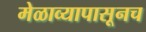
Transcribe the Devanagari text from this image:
मेळाव्यापासूनच